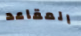
المقاعد